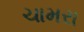
ચામરા